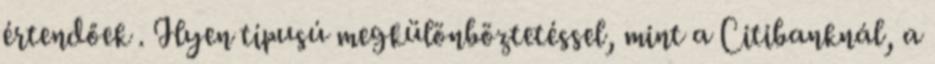
értendőek . Ilyen típusú megkülönböztetéssel, mint a Citibanknál, a